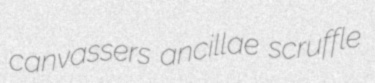
canvassers ancillae scruffle